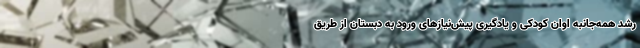
رشد همه‌جانبه اوان کودکی و یادگیری پیش‌نیازهای ورود به دبستان از طریق